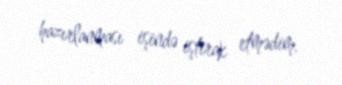
hazırlanması işində iştirak etmədim.